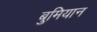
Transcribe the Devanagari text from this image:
बुमियान